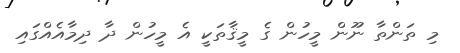
މި ތަންތާ ނޫން މީހުން ގެ މީޤާތަކީ އެ މީހުން ދާ ދިމާއެއްގައި